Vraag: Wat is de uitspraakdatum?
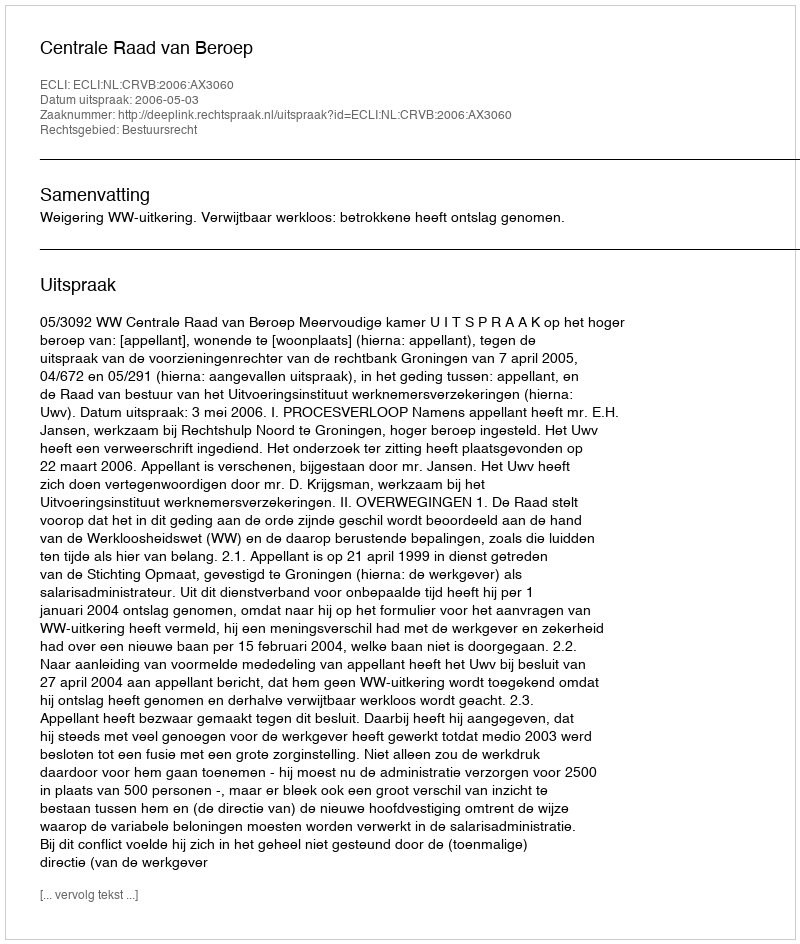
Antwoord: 2006-05-03